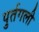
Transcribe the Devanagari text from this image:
पुर्तगली